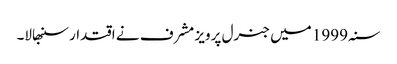
سنہ 1999 میں جنرل پرویز مشرف نے اقتدار سنبھالا۔